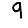
Digit: 9